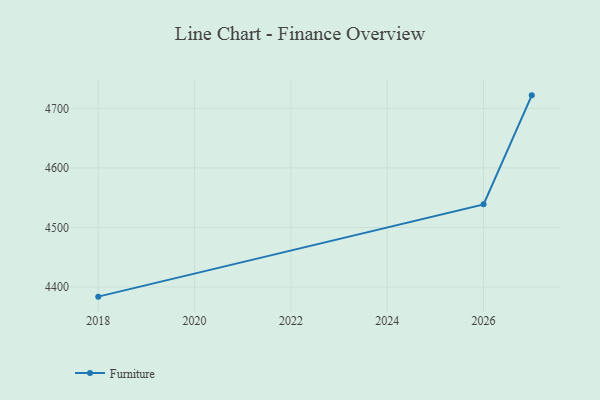
{"axis": {"x": "Year", "y": "Shipments"}, "legend": ["Furniture"], "data": [{"x": "2027", "y": 4721.8, "type": "Furniture"}, {"x": "2026", "y": 4538.7, "type": "Furniture"}, {"x": "2018", "y": 4383.7, "type": "Furniture"}]}